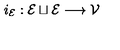
i _ { \mathcal { E } } : \mathcal { E } \sqcup \mathcal { E } \longrightarrow \mathcal { V }